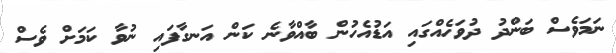
ނަމަވެސް ބަންދު ދުވަހެއްގައި އަޑުއެހުން ބާއްވާނެ ކަން އަނގާފައި ނުވާ ކަމަށް ވެސް